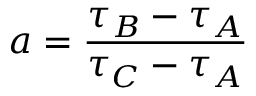
a = \frac { \tau _ { B } - \tau _ { A } } { \tau _ { C } - \tau _ { A } }